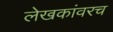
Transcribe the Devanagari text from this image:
लेखकांवरच